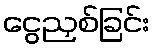
ငွေညှစ်ခြင်း